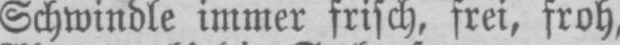
Schwindle immer frisch, frei, froh,